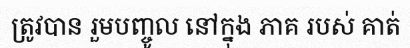
ត្រូវបាន រួមបញ្ចូល នៅក្នុង ភាគ របស់ គាត់